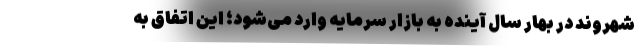
شهروند در بهار سال آینده به بازار سرمایه وارد می‌شود؛ این اتفاق به